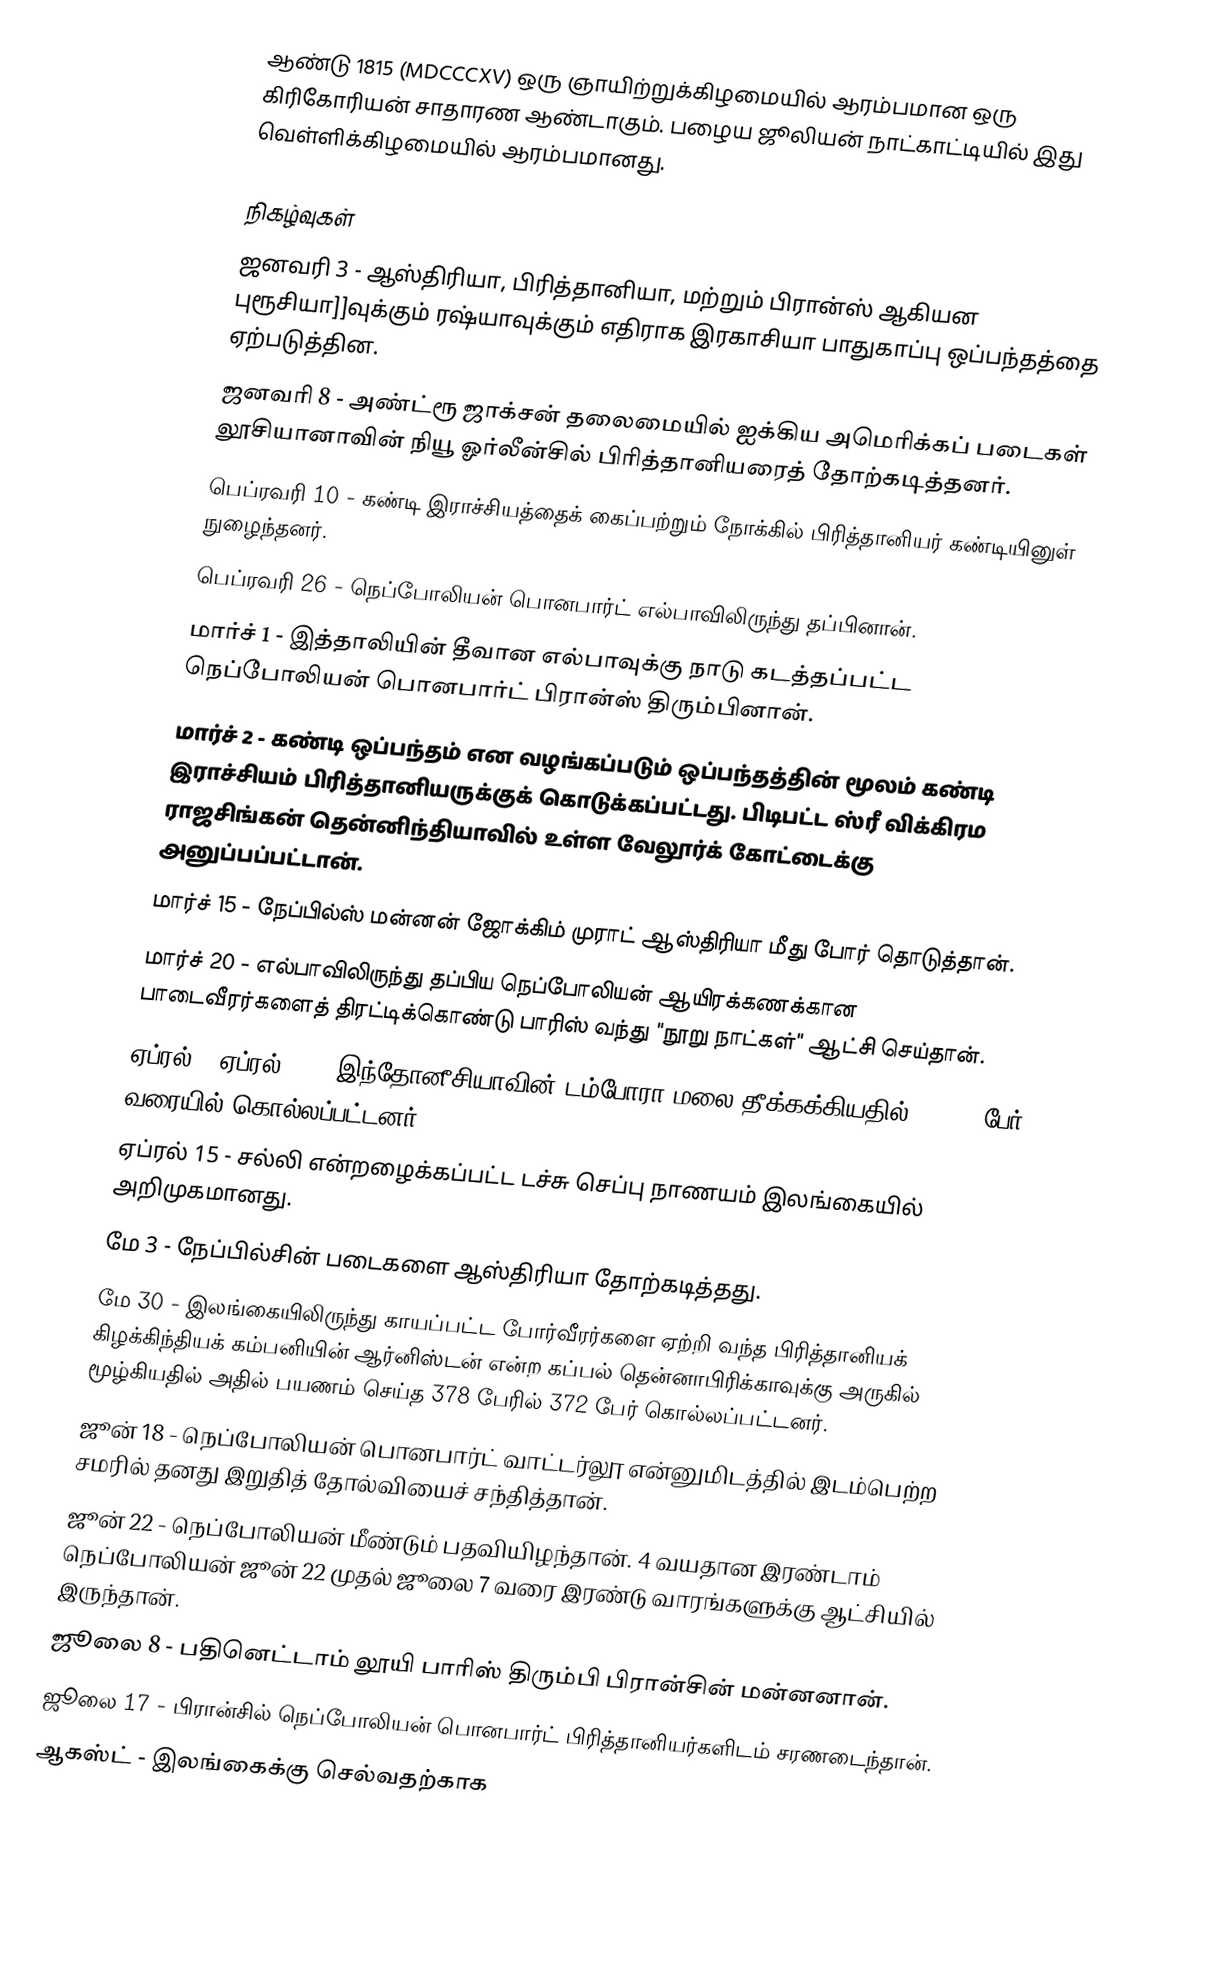
ஆண்டு 1815  (MDCCCXV) ஒரு ஞாயிற்றுக்கிழமையில் ஆரம்பமான ஒரு கிரிகோரியன் சாதாரண ஆண்டாகும். பழைய ஜூலியன் நாட்காட்டியில் இது வெள்ளிக்கிழமையில் ஆரம்பமானது.

நிகழ்வுகள்
 ஜனவரி 3 - ஆஸ்திரியா, பிரித்தானியா, மற்றும் பிரான்ஸ் ஆகியன புரூசியா]]வுக்கும் ரஷ்யாவுக்கும் எதிராக இரகாசியா பாதுகாப்பு ஒப்பந்தத்தை ஏற்படுத்தின.
 ஜனவரி 8 - அண்ட்ரூ ஜாக்சன் தலைமையில் ஐக்கிய அமெரிக்கப் படைகள் லூசியானாவின் நியூ ஓர்லீன்சில் பிரித்தானியரைத் தோற்கடித்தனர்.
 பெப்ரவரி 10 - கண்டி இராச்சியத்தைக் கைப்பற்றும் நோக்கில் பிரித்தானியர் கண்டியினுள் நுழைந்தனர்.
 பெப்ரவரி 26 - நெப்போலியன் பொனபார்ட் எல்பாவிலிருந்து தப்பினான்.
 மார்ச் 1 - இத்தாலியின் தீவான எல்பாவுக்கு நாடு கடத்தப்பட்ட நெப்போலியன் பொனபார்ட் பிரான்ஸ் திரும்பினான்.
 மார்ச் 2 - கண்டி ஒப்பந்தம் என வழங்கப்படும் ஒப்பந்தத்தின் மூலம் கண்டி இராச்சியம் பிரித்தானியருக்குக் கொடுக்கப்பட்டது. பிடிபட்ட ஸ்ரீ விக்கிரம ராஜசிங்கன் தென்னிந்தியாவில் உள்ள வேலூர்க் கோட்டைக்கு அனுப்பப்பட்டான்.
 மார்ச் 15 - நேப்பில்ஸ் மன்னன் ஜோக்கிம் முராட் ஆஸ்திரியா மீது போர் தொடுத்தான்.
 மார்ச் 20 - எல்பாவிலிருந்து தப்பிய நெப்போலியன் ஆயிரக்கணக்கான பாடைவீரர்களைத் திரட்டிக்கொண்டு பாரிஸ் வந்து "நூறு நாட்கள்" ஆட்சி செய்தான்.
 ஏப்ரல் 5-ஏப்ரல் 12 - இந்தோனீசியாவின் டம்போரா மலை தீக்கக்கியதில் 92,000 பேர் வரையில் கொல்லப்பட்டனர்.
 ஏப்ரல் 15 - சல்லி என்றழைக்கப்பட்ட டச்சு செப்பு நாணயம் இலங்கையில் அறிமுகமானது.
 மே 3 - நேப்பில்சின் படைகளை ஆஸ்திரியா தோற்கடித்தது.
 மே 30 - இலங்கையிலிருந்து காயப்பட்ட போர்வீரர்களை ஏற்றி வந்த பிரித்தானியக் கிழக்கிந்தியக் கம்பனியின் ஆர்னிஸ்டன் என்ற கப்பல் தென்னாபிரிக்காவுக்கு அருகில் மூழ்கியதில் அதில் பயணம் செய்த 378 பேரில் 372 பேர் கொல்லப்பட்டனர்.
 ஜூன் 18 - நெப்போலியன் பொனபார்ட் வாட்டர்லூ என்னுமிடத்தில் இடம்பெற்ற சமரில் தனது இறுதித் தோல்வியைச் சந்தித்தான்.
 ஜூன் 22 - நெப்போலியன் மீண்டும் பதவியிழந்தான். 4 வயதான இரண்டாம் நெப்போலியன் ஜூன் 22 முதல் ஜூலை 7 வரை இரண்டு வாரங்களுக்கு ஆட்சியில் இருந்தான்.
 ஜூலை 8 - பதினெட்டாம் லூயி பாரிஸ் திரும்பி பிரான்சின் மன்னனான்.
 ஜூலை 17 - பிரான்சில் நெப்போலியன் பொனபார்ட் பிரித்தானியர்களிடம் சரணடைந்தான்.
 ஆகஸ்ட் - இலங்கைக்கு செல்வதற்காக